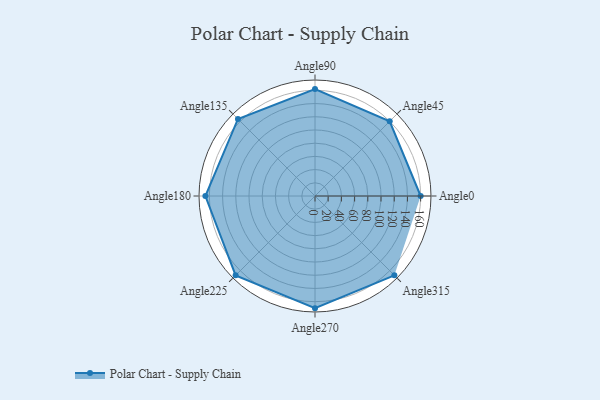
{"axis": {"x": "Angle", "y": "Radius"}, "legend": [""], "data": [{"x": "Angle0", "y": 160.0, "type": ""}, {"x": "Angle45", "y": 160.0, "type": ""}, {"x": "Angle90", "y": 162.0, "type": ""}, {"x": "Angle135", "y": 165.0, "type": ""}, {"x": "Angle180", "y": 166.0, "type": ""}, {"x": "Angle225", "y": 170, "type": ""}, {"x": "Angle270", "y": 170, "type": ""}, {"x": "Angle315", "y": 170, "type": ""}]}